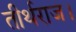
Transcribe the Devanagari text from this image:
तीर्थराज।